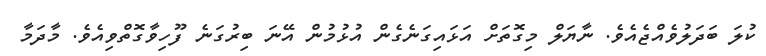
ކުލަ ބަދަލުވެއްޖެއެވެ. ނާޔަލް މިގޮތަށް އަޅައިގަނެގެން އުޅުމުން އޭނަ ބިރުގަނެ ފޫހިވާގޮތްވިއެވެ. މާދަމާ